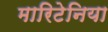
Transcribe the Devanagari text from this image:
मारिटेनिया